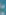
: